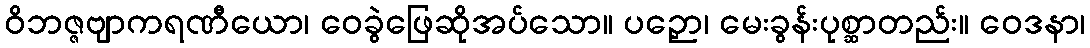
ဝိဘဇ္ဇဗျာကရဏီယော၊ ဝေခွဲဖြေဆိုအပ်သော။ ပဉှော၊ မေးခွန်းပုစ္ဆာတည်း။ ဝေဒနာ၊